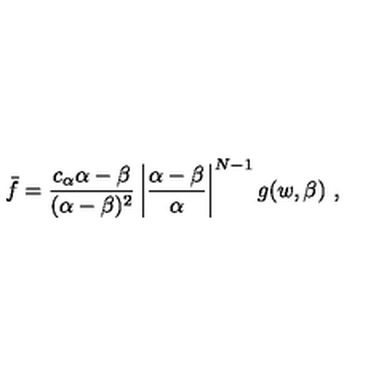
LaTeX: \bar { f } = \frac { c _ { \alpha } \alpha - \beta } { ( \alpha - \beta ) ^ { 2 } } \left| \frac { \alpha - \beta } { \alpha } \right| ^ { N - 1 } g ( w , \beta ) \ ,